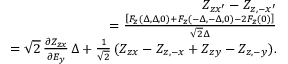
\begin{array} { r l r } & { } & { Z _ { z x ^ { \prime } } - Z _ { z , - x ^ { \prime } } } \\ & { } & { \quad = \frac { \left[ F _ { z } ( \Delta , \Delta , 0 ) + F _ { z } ( - \Delta , - \Delta , 0 ) - 2 F _ { z } ( 0 ) \right] } { \sqrt { 2 } \Delta } } \\ & { } & { \quad = \sqrt { 2 } \, \frac { \partial Z _ { z x } } { \partial E _ { y } } \, \Delta + \frac { 1 } { \sqrt { 2 } } \, ( Z _ { z x } - Z _ { z , - x } + Z _ { z y } - Z _ { z , - y } ) . } \end{array}